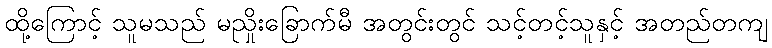
ထို့ကြောင့် သူမသည် မညှိုးခြောက်မီ အတွင်းတွင် သင့်တင့်သူနှင့် အတည်တကျ